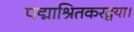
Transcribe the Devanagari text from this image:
पद्माश्रितकरद्वया।